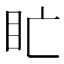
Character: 盳